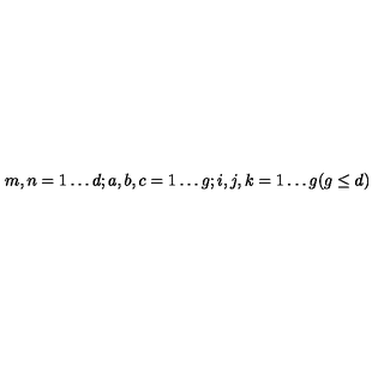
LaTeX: m , n = 1 \ldots d ; a , b , c = 1 \ldots g ; i , j , k = 1 \ldots g ( g \leq d )